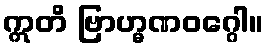
ဣတိ ဗြာဟ္မဏဝဂ္ဂေါ။